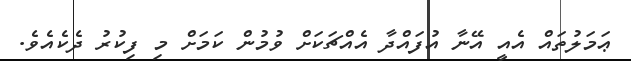
ޢަމަލުތައް އެއީ އޭނާ އުފައްދާ އެއްޗަކަށް ވުމުން ކަމަށް މި ފިކުރު ދެކެއެވެ.